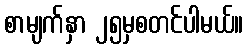
စာမျက်နှာ ၂၅မှစတင်ပါမယ်။